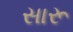
સારૂ